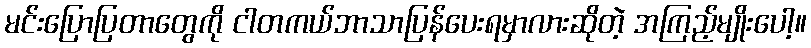
မင်းပြောပြတာတွေကို ငါတကယ်ဘာသာပြန်ပေးရမှာလားဆိုတဲ့ အကြည့်မျိုးပေါ့။